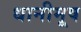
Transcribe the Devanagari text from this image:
धानीमूष